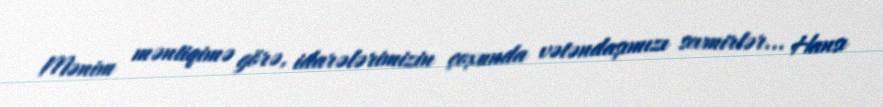
Mənim məntiqimə görə, idarələrimizin çoxunda vətəndaşımızı sevmirlər... Hansı